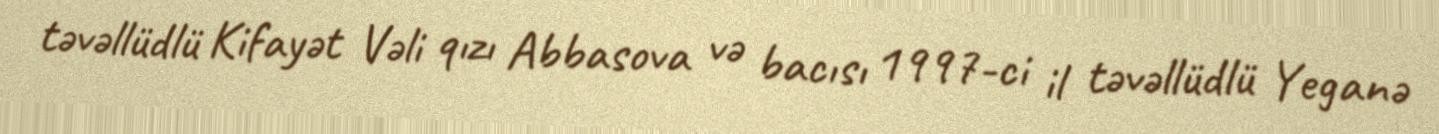
təvəllüdlü Kifayət Vəli qızı Abbasova və bacısı 1997-ci il təvəllüdlü Yeganə